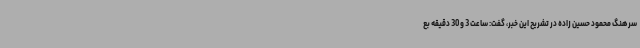
سرهنگ محمود حسین زاده در تشریح این خبر، گفت: ساعت 3 و 30 دقیقه بع